Notes on vaccination in the North-West Frontier Province 1923-1928 - 1923-1928
Year: 1923
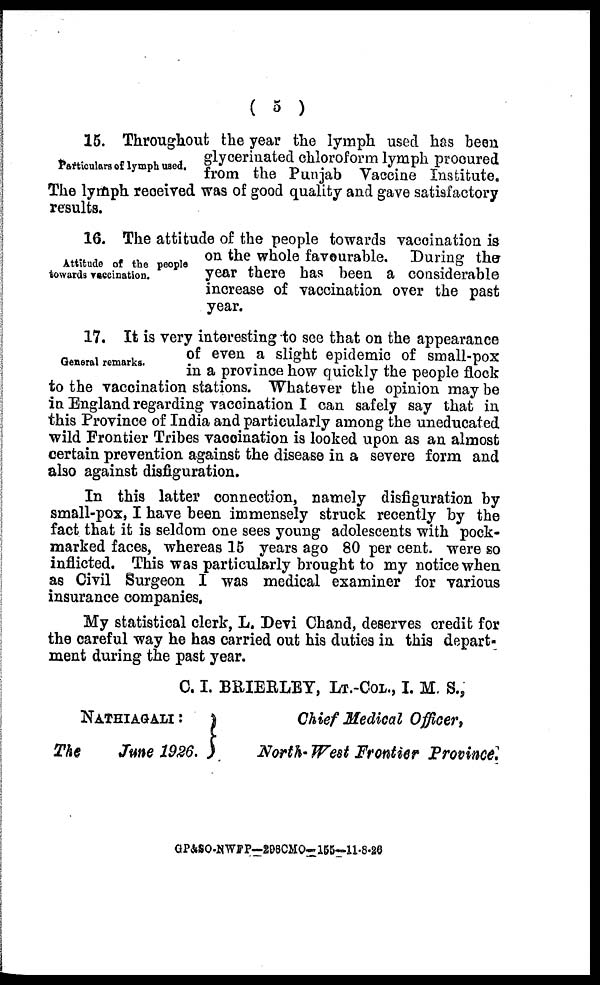
( 5 )
Particulars of lymph used.
15. Throughout the year the lymph used has been
glycerinated chloroform lymph procured
from the Punjab Vaccine Institute.
The lymph received was of good quality and gave satisfactory
results.
Attitude of the people
towards vaccination.
16. The attitude of the people towards vaccination is
on the whole favourable. During the
year there has been a considerable
increase of vaccination over the past
year.
General remarks.
17. It is very interesting to see that on the appearance
of even a slight epidemic of small-pox
in a province how quickly the people flock
to the vaccination stations. Whatever the opinion may be
in England regarding vaccination I can safely say that in
this Province of India and particularly among the uneducated
wild Frontier Tribes vaccination is looked upon as an almost
certain prevention against the disease in a severe form and
also against disfiguration.
In this latter connection, namely disfiguration by
small-pox, I have been immensely struck recently by the
fact that it is seldom one sees young adolescents with pock-
marked faces, whereas 15 years ago 80 per cent. were so
inflicted. This was particularly brought to my notice when
as Civil Surgeon I was medical examiner for various
insurance companies.
My statistical clerk, L. Devi Chand, deserves credit for
the careful way he has carried out his duties in this depart-
ment during the past year.
C.I. BRIERLEY, LT.-COL., I. M. S.,
NATHIAGALI:
The
June 1926.
Chief Medical Officer,
North- West Frontier Province.
GP&SO-NWFP—298CMO—155-11-8-26